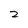
Character: 2